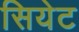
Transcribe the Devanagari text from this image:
सियेट